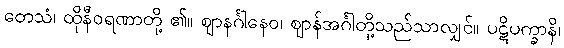
တေသံ၊ ထိုနီဝရဏာတို့ ၏။ ဈာနင်္ဂါနေဝ၊ ဈာန်အင်္ဂါတို့သည်သာလျှင်။ ပဋိပက္ခာနိ၊